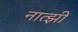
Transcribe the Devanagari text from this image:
नात्झी